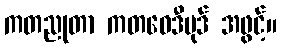
ကတညုတာ ကတဝေဒီပုဒ် အဖွင့်။